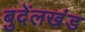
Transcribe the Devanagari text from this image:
बुदेंलखंड